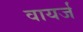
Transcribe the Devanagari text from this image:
वायर्ज